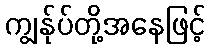
ကျွန်ုပ်တို့အနေဖြင့်